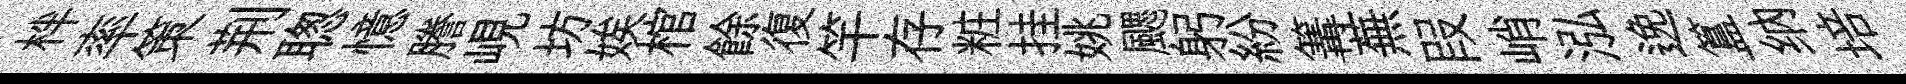
柈率策荆聦憶謄峴坊娭棺餘復竿存粧挂姚颸躬紛篝蕪叚峭泓𨓜簋纳培